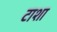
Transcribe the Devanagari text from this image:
टाशा